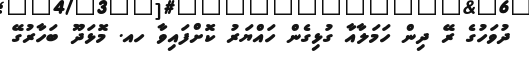
ދުވަހުގެ ރޭ ދިން ހަމަލާއާ ގުޅިގެން ހައްޔަރު ކޮށްފައިވާ ހއ. މޮޅަދޫ ބަހާރުގޭ